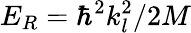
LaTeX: E_{R}=\hbar^{2}k_{l}^{2}/2M